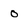
Character: 0